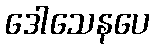
ဒေါသေနပေ